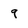
Character: q